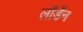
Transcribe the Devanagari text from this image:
लॉर्डेन